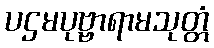
ပဌမပုဗ္ဗာရာမသုတ္တံ